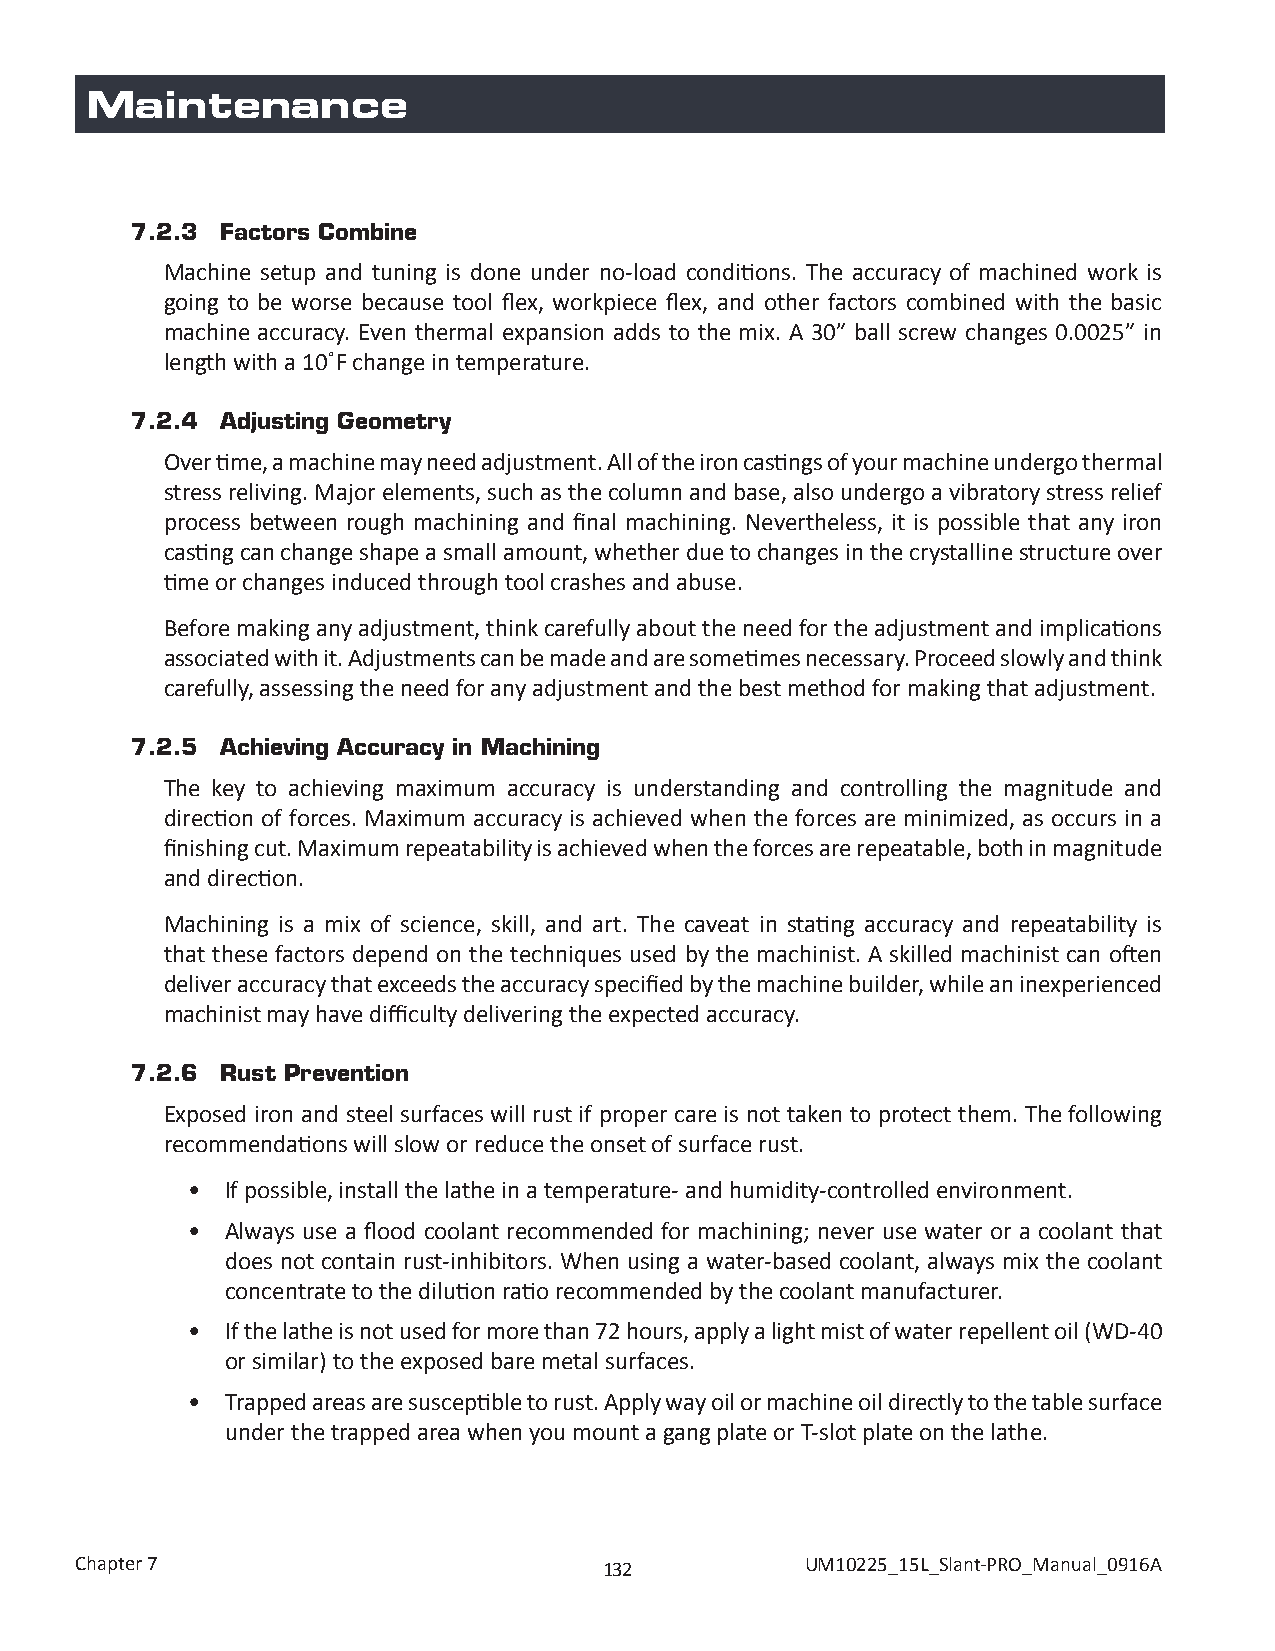
Maintenance
 7.2.3 Factors Combine
 Machine setup and tuning is done under no-load conditions. The accuracy of machined work is
 going to be worse because tool flex, workpiece flex, and other factors combined with the basic
 machine accuracy. Even thermal expansion adds to the mix. A 30” ball screw changes 0.0025” in
 length with a 10˚F change in temperature.
 7.2.4 Adjusting Geometry
 Over time, a machine may need adjustment. All of the iron castings of your machine undergo thermal
 stress reliving. Major elements, such as the column and base, also undergo a vibratory stress relief
 process between rough machining and final machining. Nevertheless, it is possible that any iron
 casting can change shape a small amount, whether due to changes in the crystalline structure over
 time or changes induced through tool crashes and abuse.
 Before making any adjustment, think carefully about the need for the adjustment and implications
 associated with it. Adjustments can be made and are sometimes necessary. Proceed slowly and think
 carefully, assessing the need for any adjustment and the best method for making that adjustment.
 7.2.5 Achieving Accuracy in Machining
 The key to achieving maximum accuracy is understanding and controlling the magnitude and
 direction of forces. Maximum accuracy is achieved when the forces are minimized, as occurs in a
 finishing cut. Maximum repeatability is achieved when the forces are repeatable, both in magnitude
 and direction.
 Machining is a mix of science, skill, and art. The caveat in stating accuracy and repeatability is
 that these factors depend on the techniques used by the machinist. A skilled machinist can often
 deliver accuracy that exceeds the accuracy specified by the machine builder, while an inexperienced
 machinist may have difficulty delivering the expected accuracy.
 7.2.6 Rust Prevention
 Exposed iron and steel surfaces will rust if proper care is not taken to protect them. The following
 recommendations will slow or reduce the onset of surface rust.
 •  If possible, install the lathe in a temperature- and humidity-controlled environment.
 •  Always use a flood coolant recommended for machining; never use water or a coolant that
 does not contain rust-inhibitors. When using a water-based coolant, always mix the coolant
 concentrate to the dilution ratio recommended by the coolant manufacturer.
 •  If the lathe is not used for more than 72 hours, apply a light mist of water repellent oil (WD-40
 or similar) to the exposed bare metal surfaces.
 •  Trapped areas are susceptible to rust. Apply way oil or machine oil directly to the table surface
 under the trapped area when you mount a gang plate or T-slot plate on the lathe.
 Chapter 7                          132          UM10225_15L_Slant-PRO_Manual_0916A